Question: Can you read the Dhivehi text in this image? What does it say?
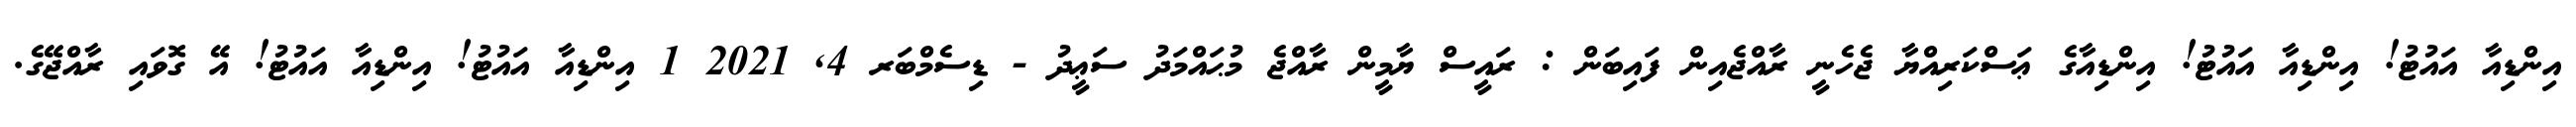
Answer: އިންޑިއާ އައުޓު! އިންޑިއާ އައުޓު! އިންޑިއާގެ ޢަސްކަރިއްޔާ ޖެހެނީ ރާއްޖެއިން ފައިބަން : ރައީސް ޔާމީން ރާއްޖެ މުޙައްމަދު ސަޢީދު - ޑިސެމްބަރ 4, 2021 1 އިންޑިއާ އައުޓު! އިންޑިއާ އައުޓު! އޭ ގޮވައި ރާއްޖޭގެ.